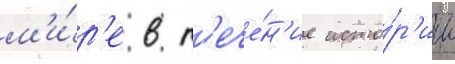
м'и́р'е в т'ече́н'ие исто́р'ии